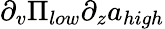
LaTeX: \partial_{v}\Pi_{low}\partial_{z}a_{high}